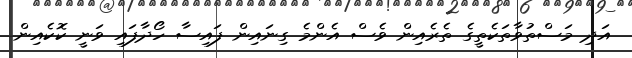
އަދި މަސްތުވާތަކެތީގެ ތެރެއިން ވެސް އެންމެ ގިނައިން ފައިސާ ހޯދާފައި ވަނީ ކޮކެއިން